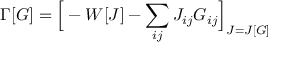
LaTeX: \Gamma [ G ] = { \Big [ } - W [ J ] - \sum _ { i j } J _ { i j } G _ { i j } { \Big ] } _ { J = J [ G ] }